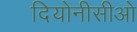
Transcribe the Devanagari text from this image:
दियोनीसीओ